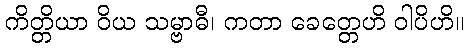
ကိတ္တိယာ ဝိယ သမ္ဗာဓီ၊ ကတာ ခေတ္တေဟိ ဝါပိဟိ။